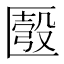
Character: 𠥚